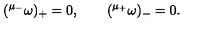
( { } ^ { \mu _ { - } } \omega ) _ { + } = 0 , \qquad ( { } ^ { \mu _ { + } } \omega ) _ { - } = 0 .